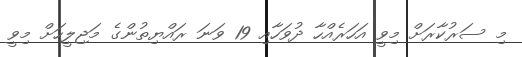
މި ސަރުކާރަށް މިވީ އަހަރެއްހާ ދުވަހާއި 19 ވަނަ ރައްޔިތުންގެ މަޖިލީހަށް މިވީ